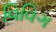
વિવિગ